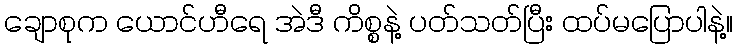
ချောစုက ယောင်ဟီရေ အဲဒီ ကိစ္စနဲ့ ပတ်သတ်ပြီး ထပ်မပြောပါနဲ့။